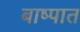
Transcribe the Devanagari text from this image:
बाष्पात